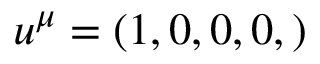
u ^ { \mu } = \left( 1 , 0 , 0 , 0 , \right)